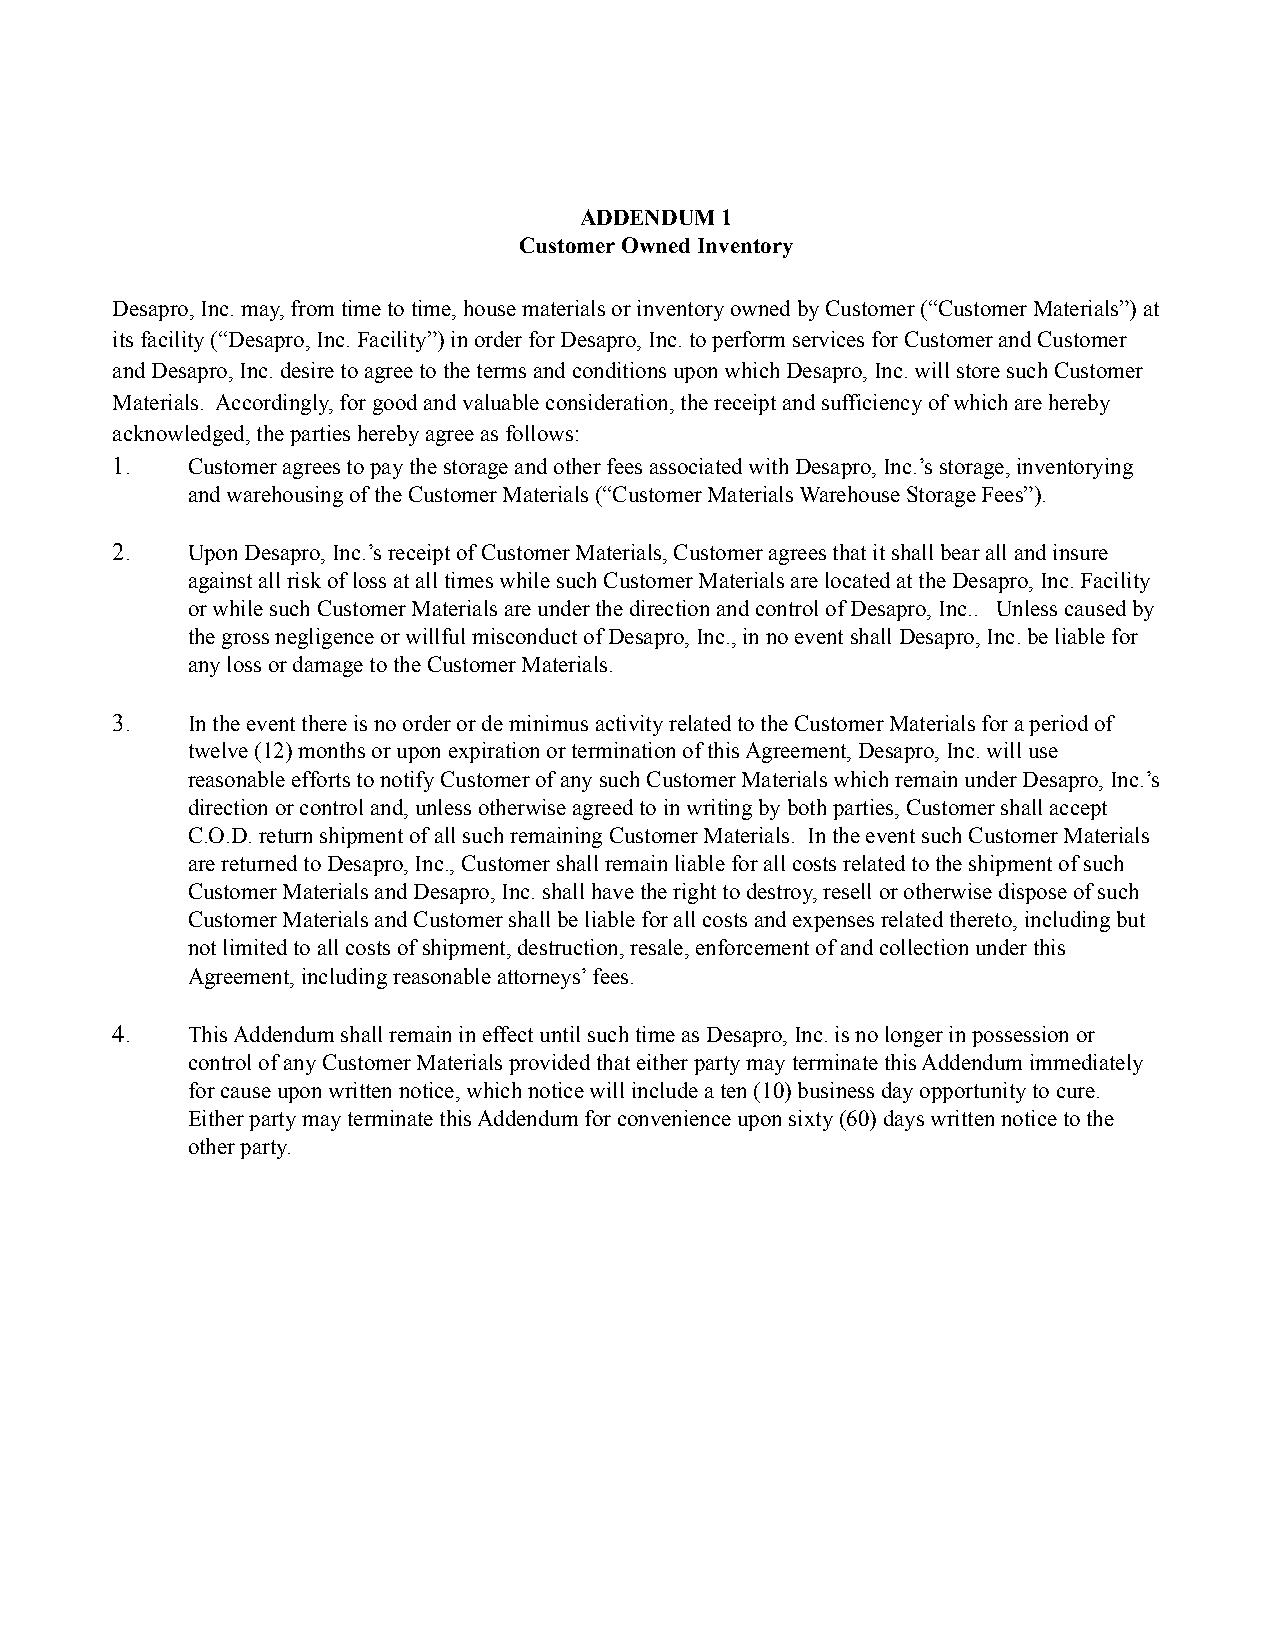
ADDENDUM  1
 Customer Owned Inventory
 Desapro, Inc. may, from time to time, house materials or inventory owned by Customer (“Customer Materials”) at
 its facility (“Desapro, Inc. Facility”) in order for Desapro, Inc. to perform services for Customer and Customer
 and Desapro, Inc. desire to agree to the terms and conditions upon which Desapro, Inc. will store such Customer
 Materials. Accordingly, for good and valuable consideration, the receipt and sufficiency of which are hereby
 acknowledged, the parties hereby agree as follows:
 1.   Customer agrees to pay the storage and other fees associated with Desapro, Inc.’s storage, inventorying
 and warehousing of the Customer Materials (“Customer Materials Warehouse Storage Fees”).
 2.   Upon Desapro, Inc.’s receipt of Customer Materials, Customer agrees that it shall bear all and insure
 against all risk of loss at all times while such Customer Materials are located at the Desapro, Inc. Facility
 or while such Customer Materials are under the direction and control of Desapro, Inc.. Unless caused by
 the gross negligence or willful misconduct of Desapro, Inc., in no event shall Desapro, Inc. be liable for
 any loss or damage to the Customer Materials.
 3.   In the event there is no order or de minimus activity related to the Customer Materials for a period of
 twelve (12) months or upon expiration or termination of this Agreement, Desapro, Inc. will use
 reasonable efforts to notify Customer of any such Customer Materials which remain under Desapro, Inc.’s
 direction or control and, unless otherwise agreed to in writing by both parties, Customer shall accept
 C.O.D. return shipment of all such remaining Customer Materials. In the event such Customer Materials
 are returned to Desapro, Inc., Customer shall remain liable for all costs related to the shipment of such
 Customer Materials and Desapro, Inc. shall have the right to destroy, resell or otherwise dispose of such
 Customer Materials and Customer shall be liable for all costs and expenses related thereto, including but
 not limited to all costs of shipment, destruction, resale, enforcement of and collection under this
 Agreement, including reasonable attorneys’ fees.
 4.   This Addendum shall remain in effect until such time as Desapro, Inc. is no longer in possession or
 control of any Customer Materials provided that either party may terminate this Addendum immediately
 for cause upon written notice, which notice will include a ten (10) business day opportunity to cure.
 Either party may terminate this Addendum for convenience upon sixty (60) days written notice to the
 other party.